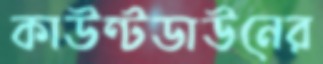
কাউন্টডাউনের